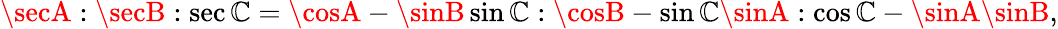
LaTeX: \secA:\secB:\sec\mathbb{C}=\cosA-\sinB\sin\mathbb{C}:\cosB-\sin\mathbb{C}\sinA:\cos\mathbb{C}-\sinA\sinB,